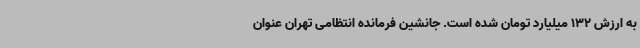
به ارزش 132 میلیارد تومان شده است. جانشین فرمانده انتظامی تهران عنوان